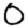
Digit: 0